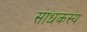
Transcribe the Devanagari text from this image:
साधकस्य